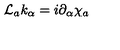
{ \cal L } _ { a } k _ { \alpha } = i \partial _ { \alpha } \chi _ { a }